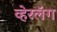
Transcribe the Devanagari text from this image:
व्हेरलॅग